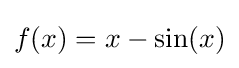
f(x)=x-\sin(x)